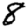
Digit: 8